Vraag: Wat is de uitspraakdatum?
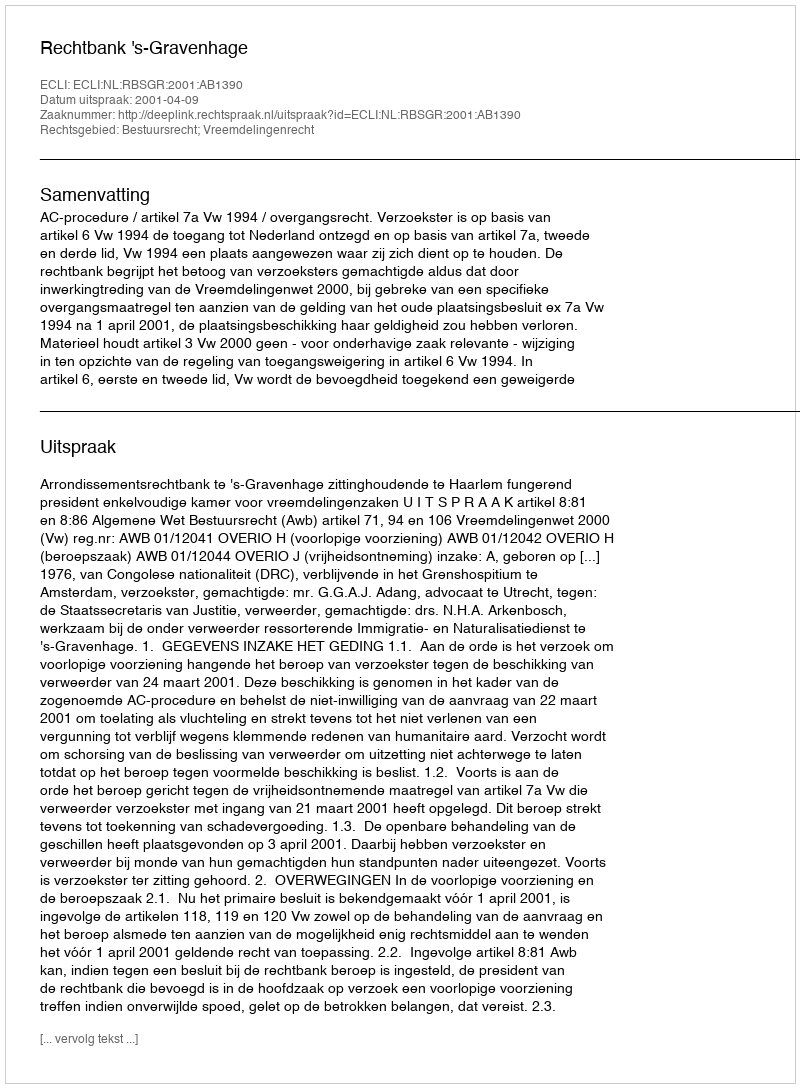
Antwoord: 2001-04-09